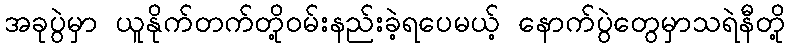
အခုပွဲမှာ ယူနိုက်တက်တို့ဝမ်းနည်းခဲ့ရပေမယ့် နောက်ပွဲတွေမှာသရဲနီတို့